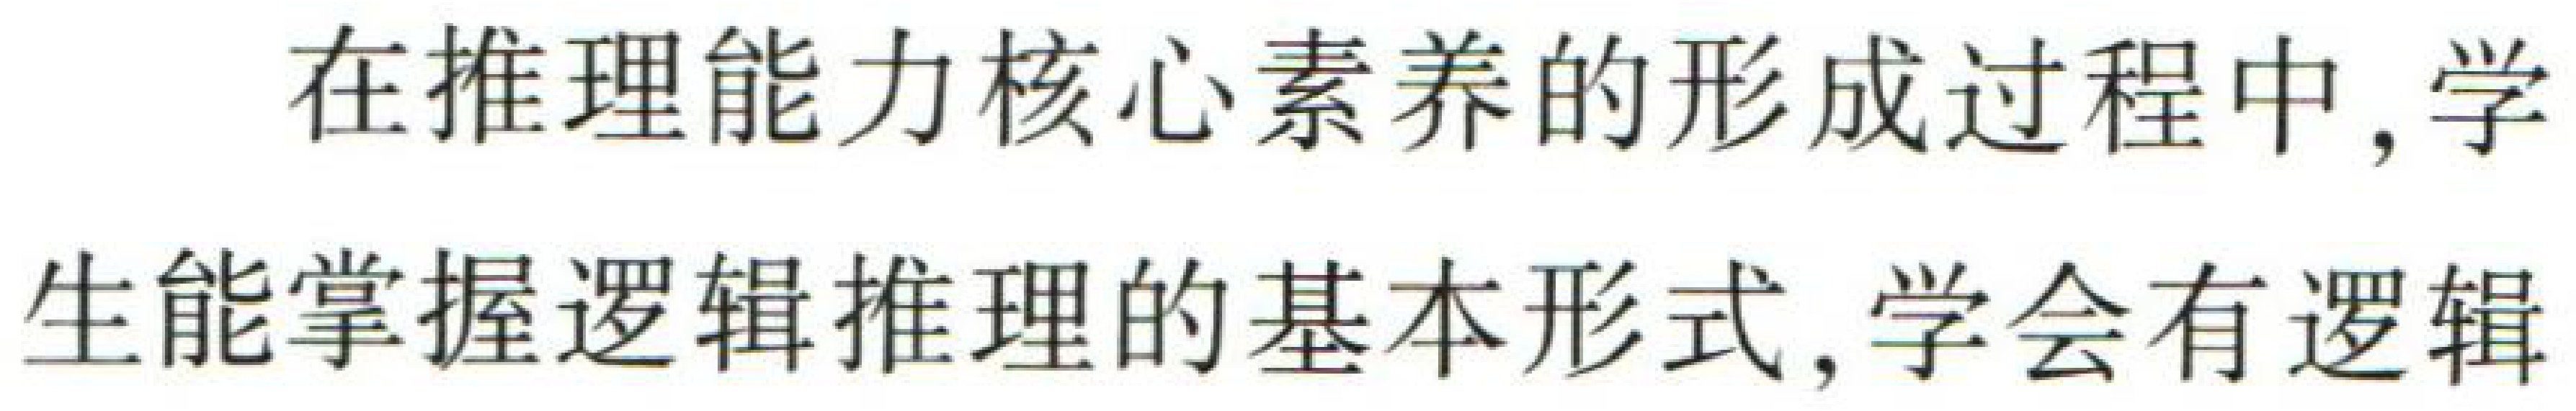
在推理能力核心素养的形成过程中, 学生能掌握逻辑推理的基本形式, 学会有逻辑